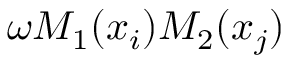
\omega M _ { 1 } ( x _ { i } ) M _ { 2 } ( x _ { j } )